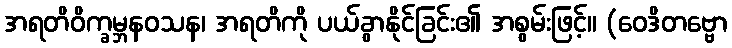
အရတိဝိက္ခမ္ဘနဝသန၊ အရတိကို ပယ်ခွာနိုင်ခြင်း၏ အစွမ်းဖြင့်။ (ဝေဒိတဗ္ဗော